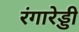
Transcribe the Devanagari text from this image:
रंगारेड्‍डी